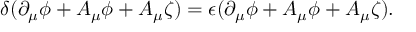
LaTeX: \delta ( \partial _ { \mu } \phi + A _ { \mu } \phi + A _ { \mu } \zeta ) = \epsilon ( \partial _ { \mu } \phi + A _ { \mu } \phi + A _ { \mu } \zeta ) .